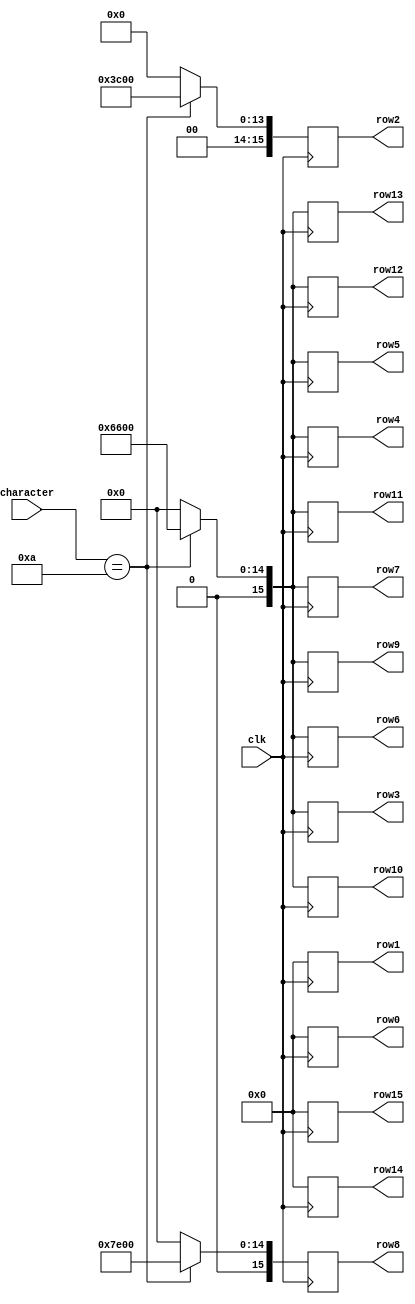
`timescale 1ns / 1ps
//////////////////////////////////////////////////////////////////////////////////
// Company: 
// Engineer: 
// 
// Design Name: 
// Module Name: Set_Ram
// Project Name: 
// Target Devices: 
// Tool Versions: 
// Description: 
// 
// Dependencies: 
// 
// Revision:
// Revision 0.01 - File Created
// Additional Comments:
// 
//////////////////////////////////////////////////////////////////////////////////


module Set_Ram(
    input clk,
    input [7:0] character,
    output reg [15:0] row0,
    output reg [15:0] row1,
    output reg [15:0] row2,
    output reg [15:0] row3,
    output reg [15:0] row4,
    output reg [15:0] row5,
    output reg [15:0] row6,
    output reg [15:0] row7,
    output reg [15:0] row8,
    output reg [15:0] row9,
    output reg [15:0] row10,
    output reg [15:0] row11,
    output reg [15:0] row12,
    output reg [15:0] row13,
    output reg [15:0] row14,
    output reg [15:0] row15
    );

always @ (posedge clk)
begin
    case(character)
    default: begin
        row0 <= 16'h0;
        row1 <= 16'h0;
        row2 <= 16'h0;
        row3 <= 16'h0;
        row4 <= 16'h0;
        row5 <= 16'h0;
        row6 <= 16'h0;
        row7 <= 16'h0;
        row8 <= 16'h0;
        row9 <= 16'h0;
        row10 <= 16'h0;
        row11 <= 16'h0;
        row12 <= 16'h0;
        row13 <= 16'h0;
        row14 <= 16'h0;
        row15 <= 16'h0;
    end

    8'd0: begin       //0
        row0 <= 16'h0;
        row1 <= 16'h0;
        row2 <= 16'h0;
        row3 <= 16'h0;
        row4 <= 16'h0;
        row5 <= 16'h0;
        row6 <= 16'h0;
        row7 <= 16'h0;
        row8 <= 16'h0;
        row9 <= 16'h0;
        row10 <= 16'h0;
        row11 <= 16'h0;
        row12 <= 16'h0;
        row13 <= 16'h0;
        row14 <= 16'h0;
        row15 <= 16'h0;
    end

    8'd10: begin     //A
        row0 <= 16'B0000000000000000;
        row1 <= 16'B0000000000000000;
        row2 <= 16'B0011110000000000;
        row3 <= 16'B0110011000000000;
        row4 <= 16'B0110011000000000;
        row5 <= 16'B0110011000000000;
        row6 <= 16'B0110011000000000;
        row7 <= 16'B0110011000000000;
        row8 <= 16'B0111111000000000;
        row9 <= 16'B0110011000000000;
        row10 <= 16'B0110011000000000;
        row11 <= 16'B0110011000000000;
        row12 <= 16'B0110011000000000;
        row13 <= 16'B0110011000000000;
        row14 <= 16'B0000000000000000;
        row15 <= 16'B0000000000000000;
    end
    endcase
end

endmodule